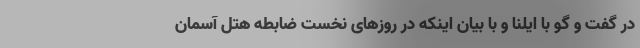
در گفت و گو با ایلنا و با بیان اینکه در روزهای نخست ضابطه هتل آسمان